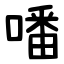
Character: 噃